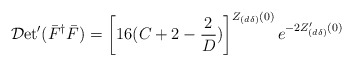
\begin{align*}{\cal D} \mbox{et}' (\bar F^{\dag} \bar F) = \left[16 (C+ 2 - \frac{2}{D}) \right]^{Z_{(d \delta)}(0)} e^{-2Z'_{(d \delta)}(0)}\end{align*}